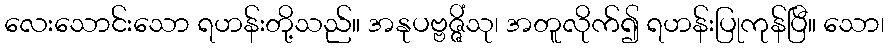
လေးသောင်းသော ရဟန်းတို့သည်။ အနုပဗ္ဗဇ္ဇိံသု၊ အတူလိုက်၍ ရဟန်းပြုကုန်ပြီ။ သော၊